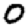
Digit: 0